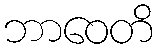
ဘာဝေတိ